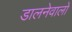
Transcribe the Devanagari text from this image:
डालनेवालों